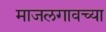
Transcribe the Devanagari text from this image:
माजलगावच्या